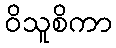
ဝိသူစိကာ